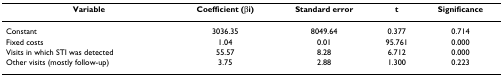
<table><thead><tr><td><b>Variable</b></td><td><b>Coefficient (βi)</b></td><td><b>Standard error</b></td><td><b>t</b></td><td><b>Significance</b></td></tr></thead><tbody><tr><td>Constant</td><td>3036.35</td><td>8049.64</td><td>0.377</td><td>0.714</td></tr><tr><td>Fixed costs</td><td>1.04</td><td>0.01</td><td>95.761</td><td>0.000</td></tr><tr><td>Visits in which STI was detected</td><td>55.57</td><td>8.28</td><td>6.712</td><td>0.000</td></tr><tr><td>Other visits (mostly follow-up)</td><td>3.75</td><td>2.88</td><td>1.300</td><td>0.223</td></tr></tbody></table>